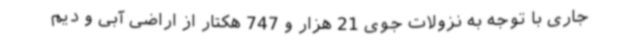
جاری با توجه به نزولات جوی 21 هزار و 747 هکتار از اراضی آبی و دیم